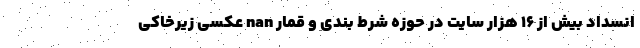
انسداد بیش از ۱۶ هزار سایت در حوزه شرط بندی و قمار nan عکسی زیرخاکی